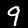
Label: 9